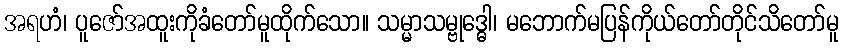
အရဟံ၊ ပူဇော်အထူးကိုခံတော်မူထိုက်သော။ သမ္မာသမ္ဗုဒ္ဓေါ၊ မဘောက်မပြန်ကိုယ်တော်တိုင်သိတော်မူ